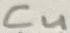
Text: C4